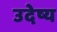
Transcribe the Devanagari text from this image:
उदेष्य